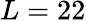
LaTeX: L=22